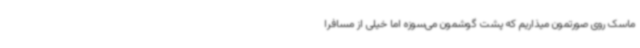
ماسک روی صورتمون میذاریم که پشت گوشمون می‌سوزه اما خیلی از مسافرا